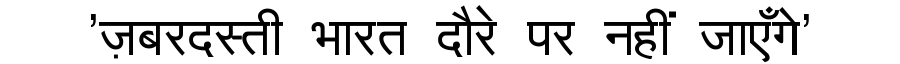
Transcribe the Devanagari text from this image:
'ज़बरदस्ती भारत दौरे पर नहीं जाएँगे'